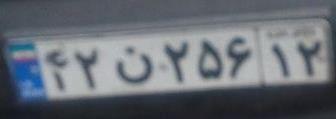
۴۲ن۲۵۶۱۲